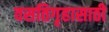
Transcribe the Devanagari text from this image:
वसतिगृहासाठी